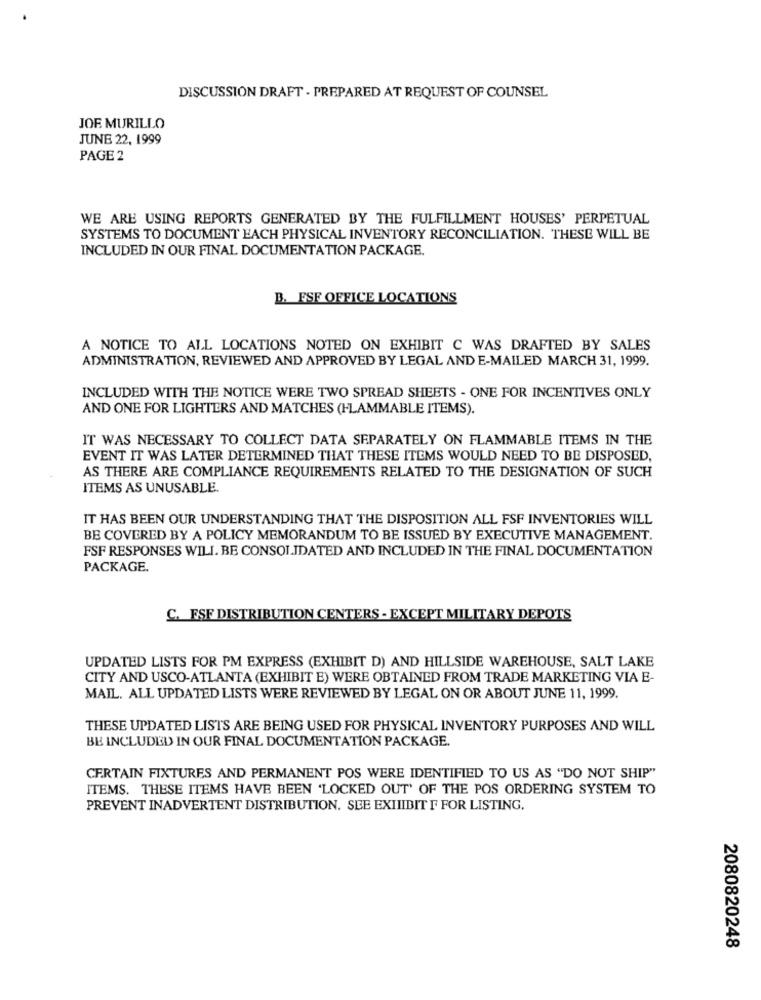
DISCUSSION DRAFT - PREPARED AT REQUEST OF COUNSEL
JOE MURILLO
JUNE 22, 1999
PAGE 2
WE ARE USING REPORTS GENERATED BY THE FULFILLMENT HOUSES' PERPETUAL
SYSTEMS TO DOCUMENT EACH PHYSICAL INVENTORY RECONCILIATION. THESE WILL BE
INCLUDED IN OUR FINAL DOCUMENTATION PACKAGE.
B. FSF OFFICE LOCATIONS
A NOTICE TO ALL LOCATIONS NOTED ON EXHIBIT C WAS DRAFTED BY SALES
ADMINISTRATION, REVIEWED AND APPROVED BY LEGAL AND E-MAILED MARCH 31, 1999.
INCLUDED WITH THE NOTICE WERE TWO SPREAD SHEETS - ONE FOR INCENTIVES ONLY
AND ONE FOR LIGHTERS AND MATCHES (FLAMMABLE ITEMS).
IT WAS NECESSARY TO COLLECT DATA SEPARATELY ON FLAMMABLE ITEMS IN THE
EVENT IT WAS LATER DETERMINED THAT THESE ITEMS WOULD NEED TO BE DISPOSED,
AS THERE ARE COMPLIANCE REQUIREMENTS RELATED TO THE DESIGNATION OF SUCH
ITEMS AS UNUSABLE.
IT HAS BEEN OUR UNDERSTANDING THAT THE DISPOSITION ALL FSF INVENTORIES WILL
BE COVERED BY A POLICY MEMORANDUM TO BE ISSUED BY EXECUTIVE MANAGEMENT.
FSF RESPONSES WILL BE CONSOLIDATED AND INCLUDED IN THE FINAL DOCUMENTATION
PACKAGE.
C. FSF DISTRIBUTION CENTERS - EXCEPT MILITARY DEPOTS
UPDATED LISTS FOR PM EXPRESS (EXHIBIT D) AND HILLSIDE WAREHOUSE, SALT LAKE
CITY AND USCO-ATLANTA (EXHIBIT E) WERE OBTAINED FROM TRADE MARKETING VIA E-
MAIL. ALL UPDATED LISTS WERE REVIEWED BY LEGAL ON OR ABOUT JUNE 11, 1999.
THESE UPDATED LISTS ARE BEING USED FOR PHYSICAL INVENTORY PURPOSES AND WILL
BE INCLUDED IN OUR FINAL DOCUMENTATION PACKAGE.
CERTAIN FIXTURES AND PERMANENT POS WERE IDENTIFIED TO US AS "DO NOT SHIP"
ITEMS. THESE ITEMS HAVE BEEN 'LOCKED OUT' OF THE POS ORDERING SYSTEM TO
PREVENT INADVERTENT DISTRIBUTION. SEE EXIIIBIT F FOR LISTING,
2080820248